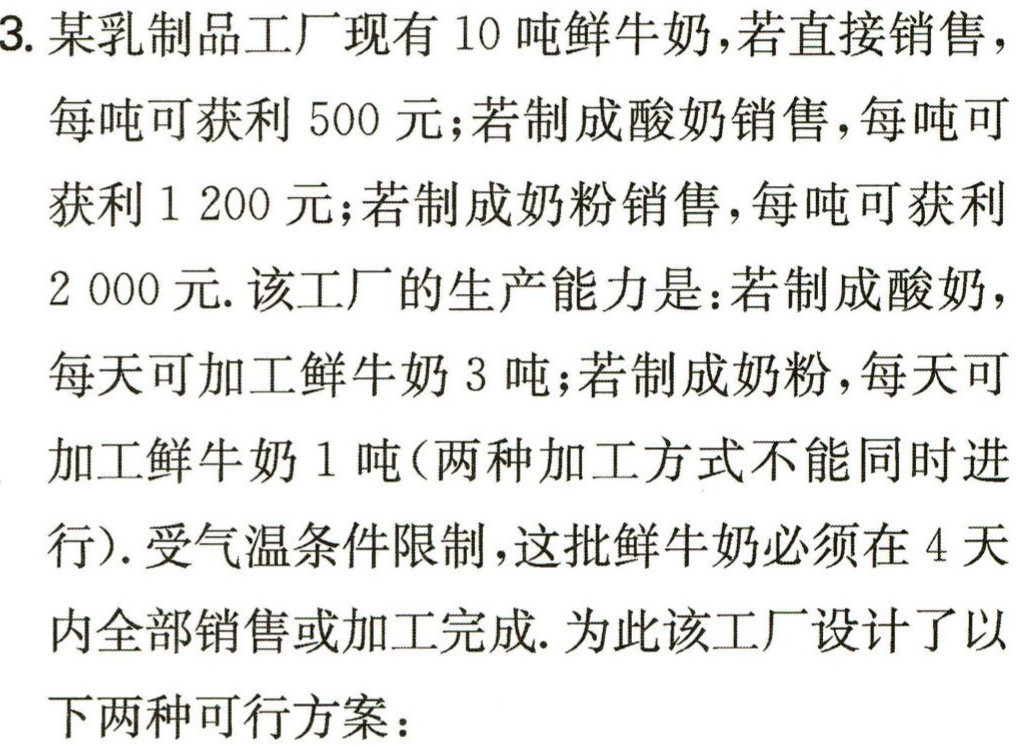
3. 某乳制品工厂现有 10 吨鲜牛奶，若直接销售，

每吨可获利 500 元；若制成酸奶销售，每吨可

获利 1 200 元；若制成奶粉销售，每吨可获利

2 000 元. 该工厂的生产能力是：若制成酸奶，

每天可加工鲜牛奶 3 吨；若制成奶粉，每天可

加工鲜牛奶 1 吨(两种加工方式不能同时进

行). 受气温条件限制，这批鲜牛奶必须在 4 天

内全部销售或加工完成. 为此该工厂设计了以

下两种可行方案：